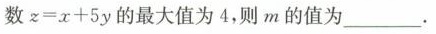
数$$z = x + 5y$$的最大值为4，则m的值为_____。